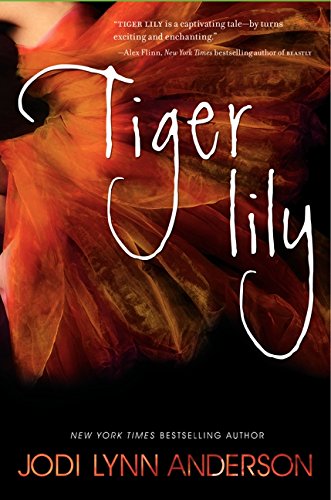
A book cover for Tiger Lily; Jodi Lynn Anderson; Teen & Young Adult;